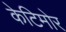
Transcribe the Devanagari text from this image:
केटिमोर